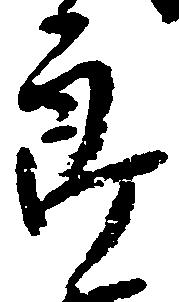
郎